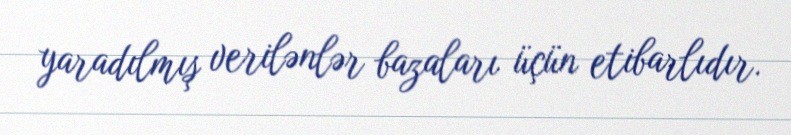
yaradılmış verilənlər bazaları üçün etibarlıdır.